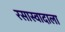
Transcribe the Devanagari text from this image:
रसास्वादाला